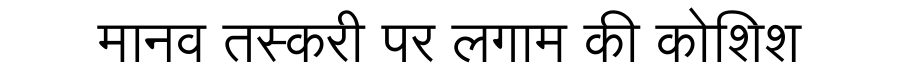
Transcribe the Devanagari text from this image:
मानव तस्करी पर लगाम की कोशिश